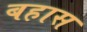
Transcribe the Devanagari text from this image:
बहास